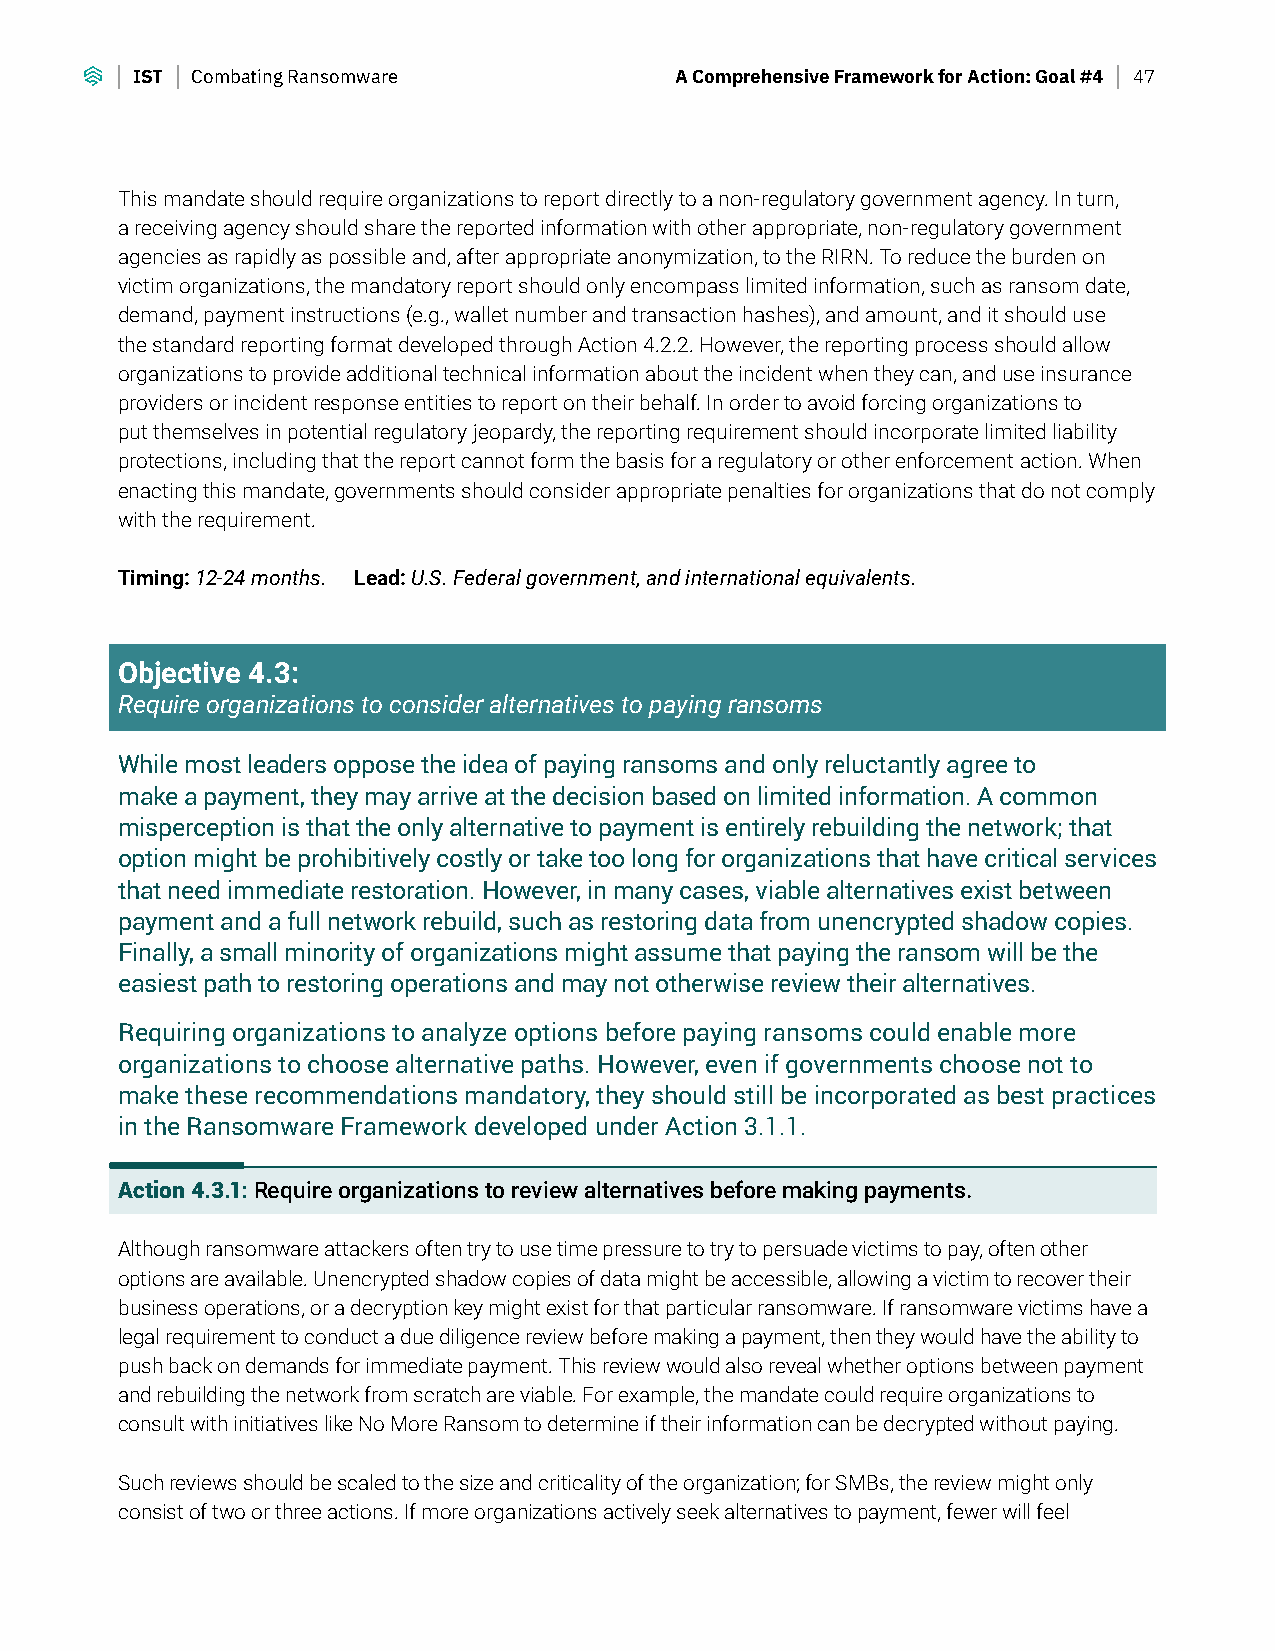
IST Combating Ransomware            A Comprehensive Framework for Action: Goal #4 47
 This mandate should require organizations to report directly to a non-regulatory government agency. In turn,
 a receiving agency should share the reported information with other appropriate, non-regulatory government
 agencies as rapidly as possible and, after appropriate anonymization, to the RIRN. To reduce the burden on
 victim organizations, the mandatory report should only encompass limited information, such as ransom date,
 demand, payment instructions (e.g., wallet number and transaction hashes), and amount, and it should use
 the standard reporting format developed through Action 4.2.2. However, the reporting process should allow
 organizations to provide additional technical information about the incident when they can, and use insurance
 providers or incident response entities to report on their behalf. In order to avoid forcing organizations to
 put themselves in potential regulatory jeopardy, the reporting requirement should incorporate limited liability
 protections, including that the report cannot form the basis for a regulatory or other enforcement action. When
 enacting this mandate, governments should consider appropriate penalties for organizations that do not comply
 with the requirement.
 Timing: 12-24 months. Lead: U.S. Federal government, and international equivalents.
 Objective 4.3:
 Require organizations to consider alternatives to paying ransoms
 While most leaders oppose the idea of paying ransoms and only reluctantly agree to
 make a payment, they may arrive at the decision based on limited information. A common
 misperception is that the only alternative to payment is entirely rebuilding the network; that
 option might be prohibitively costly or take too long for organizations that have critical services
 that need immediate restoration. However, in many cases, viable alternatives exist between
 payment and a full network rebuild, such as restoring data from unencrypted shadow copies.
 Finally, a small minority of organizations might assume that paying the ransom will be the
 easiest path to restoring operations and may not otherwise review their alternatives.
 Requiring organizations to analyze options before paying ransoms could enable more
 organizations to choose alternative paths. However, even if governments choose not to
 make these recommendations mandatory, they should still be incorporated as best practices
 in the Ransomware Framework developed under Action 3.1.1.
 Action 4.3.1: Require organizations to review alternatives before making payments.
 Although ransomware attackers often try to use time pressure to try to persuade victims to pay, often other
 options are available. Unencrypted shadow copies of data might be accessible, allowing a victim to recover their
 business operations, or a decryption key might exist for that particular ransomware. If ransomware victims have a
 legal requirement to conduct a due diligence review before making a payment, then they would have the ability to
 push back on demands for immediate payment. This review would also reveal whether options between payment
 and rebuilding the network from scratch are viable. For example, the mandate could require organizations to
 consult with initiatives like No More Ransom to determine if their information can be decrypted without paying.
 Such reviews should be scaled to the size and criticality of the organization; for SMBs, the review might only
 consist of two or three actions. If more organizations actively seek alternatives to payment, fewer will feel